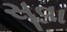
સૂવા